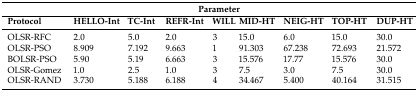
<table><thead><tr><td colspan="9"><b>Parameter</b></td></tr><tr><td><b>Protocol</b></td><td><b>HELLO-Int</b></td><td><b>TC-Int</b></td><td><b>REFR-Int</b></td><td><b>WILL</b></td><td><b>MID-HT</b></td><td><b>NEIG-HT</b></td><td><b>TOP-HT</b></td><td><b>DUP-HT</b></td></tr></thead><tbody><tr><td>OLSR-RFC</td><td>2.0</td><td>5.0</td><td>2.0</td><td>3</td><td>15.0</td><td>6.0</td><td>15.0</td><td>30.0</td></tr><tr><td>OLSR-PSO</td><td>8.909</td><td>7.192</td><td>9.663</td><td>1</td><td>91.303</td><td>67.238</td><td>72.693</td><td>21.572</td></tr><tr><td>BOLSR-PSO</td><td>5.90</td><td>5.19</td><td>6.663</td><td>3</td><td>15.576</td><td>17.77</td><td>15.576</td><td>30.0</td></tr><tr><td>OLSR-Gomez</td><td>1.0</td><td>2.5</td><td>1.0</td><td>3</td><td>7.5</td><td>3.0</td><td>7.5</td><td>30.0</td></tr><tr><td>OLSR-RAND</td><td>3.730</td><td>5.188</td><td>6.188</td><td>4</td><td>34.467</td><td>5.400</td><td>40.164</td><td>31.515</td></tr></tbody></table>